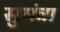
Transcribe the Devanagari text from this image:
सुमंत्रा